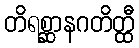
တိရစ္ဆာနဂတိတ္ထီ